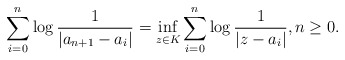
\begin{align*}\sum_{i=0}^{n}\log\frac{1}{|a_{n+1}-a_{i}|}=\inf_{z\in K}\sum_{i=0}^{n}\log\frac{1}{|z-a_{i}|},n\geq 0.\end{align*}